Indian journal of veterinary science and animal husbandry - Volumes 15-17, 1948-1951
Year: 1948
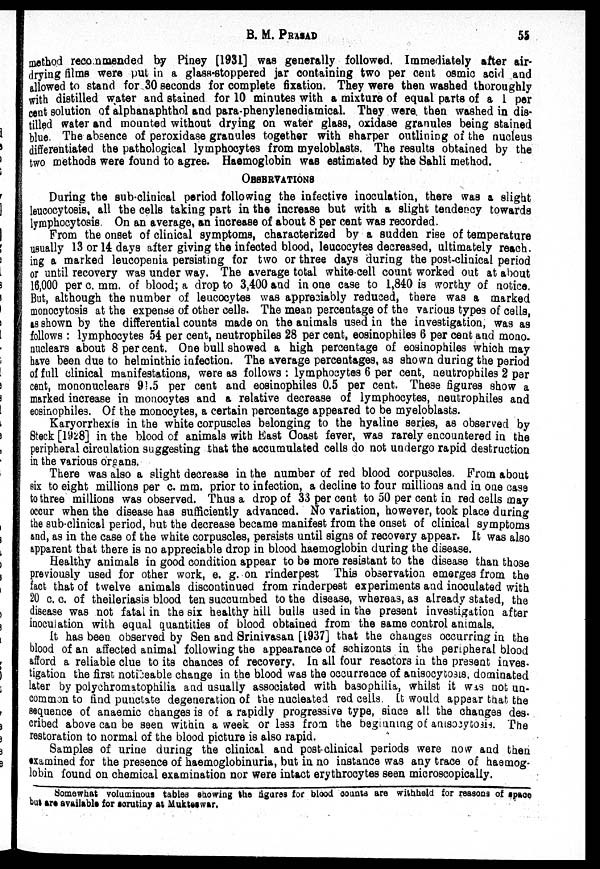
B. M.
PRASAD
55
method recommended by Piney [1931] was generally followed. Immediately after air-
drying films were put in a glass-stoppered jar containing two per cent osmic acid and
allowed to stand for 30 seconds for complete fixation. They were then washed thoroughly
with distilled water and stained for 10 minutes with a mixture of equal parts of a 1 per
cent solution of alphanaphthol and para-phenylenediamical. They were then washed in dis-
tilled water and mounted without drying on water glass, oxidase granules being stained
blue. The absence of peroxidase granules together with sharper outlining of the nucleus
differentiated the pathological lymphocytes from myeloblasts. The results obtained by the
two methods were found to agree. Haemoglobin was estimated by the Sahli method.
OBSERVATIONS
During the sub-clinical period following the infective inoculation, there was a slight
leucocytosis, all the cells taking part in the increase but with a slight tendency towards
lymphocytosis. On an average, an increase of about 8 per cent was recorded.
From the onset of clinical symptoms, characterized by a sudden rise of temperature
usually 13 or 14 days after giving the infected blood, leucocytes decreased, ultimately reach¬
ing a marked leucopenia persisting for two or three days during the post-clinical period
or until recovery was under way. The average total white-cell count worked out at about
16,000 per c. mm. of blood; a drop to 3,400 and in one case to 1,840 is worthy of notice.
But, although the number of leucocytes was appreciably reduced, there was a marked
monocytosis at the expense of other cells. The mean percentage of the various types of cells,
as shown by the differential counts made on the animals used in the investigation, was as
follows : lymphocytes 54 per cent, neutrophiles 28 per cent, eosinophiles 6 per cent and mono¬
nuclears about 8 per cent. One bull showed a high percentage of eosinophiles which may
have been due to helminthic infection. The average percentages, as shown during the period
of full clinical manifestations, were as follows : lymphocytes 6 per cent, neutrophiles 2 per
cent, mononuclears 91.5 per cent and eosinophiles 0.5 per cent. These figures show a
marked increase in monocytes and a relative decrease of lymphocytes, neutrophiles and
eosinophiles. Of the monocytes, a certain percentage appeared to be myeloblasts.
Karyorrhexis in the white corpuscles belonging to the hyaline series, as observed by
Steck [1928] in the blood of animals with East Coast fever, was rarely encountered in the
peripheral circulation suggesting that the accumulated cells do not undergo rapid destruction
in the various organs.
There was also a slight decrease in the number of red blood corpuscles. From about
six to eight millions per c. mm. prior to infection, a decline to four millions and in one case
to three millions was observed. Thus a drop of 33 per cent to 50 per cent in red cells may
occur when the disease has sufficiently advanced. No variation, however, took place during
the sub-clinical period, hut the decrease became manifest from the onset of clinical symptoms
and, as in the case of the white corpuscles, persists until signs of recovery appear. It was also
apparent that there is no appreciable drop in blood haemoglobin during the disease.
Healthy animals in good condition appear to be more resistant to the disease than those
previously used for other work, e. g. on rinderpest This observation emerges from the
fact that of twelve animals discontinued from rinderpest experiments and inoculated with
20 c. c. of theileriasis blood ten succumbed to the disease, whereas, as already stated, the
disease was not fatal in the six healthy hill bulls used in the present investigation after
inoculation with equal quantities of blood obtained from the same control animals.
It has been observed by Sen and Srinivasan [1937] that the changes occurring in the
blood of an affected animal following the appearance of schizonts in the peripheral blood
afford a reliable clue to its chances of recovery. In all four reactors in the present inves-
tigation the first noticeable change in the blood was the occurrence of anisocytosis, dominated
later by polychromatophilia and usually associated with basophilia, whilst it was not un-
common to find punctate degeneration of the nucleated red cells. It would appear that the
sequence of anaemic changes is of a rapidly progressive type, since all the changes des¬
cribed above can be seen within a week or less from the beginning of anisocytosis. The
restoration to normal of the blood picture is also rapid.
Samples of urine during the clinical and post-clinical periods were now and then
examined for the presence of haemoglobinuria, but in no instance was any trace of haemog-
lobin found on chemical examination nor were intact erythrocytes seen microscopically.
Somewhat voluminous tables showing the figures for blood counts are withheld for reasons of space
but are available for scrutiny at Mukteswar.